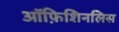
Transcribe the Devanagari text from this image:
ऑफ़िशिनलिस